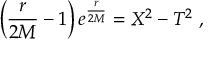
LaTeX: \left( { \frac { r } { 2 M } } - 1 \right) e ^ { { \frac { r } { 2 M } } } = X ^ { 2 } - T ^ { 2 } \; ,